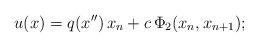
LaTeX: \begin{align*}u(x)=q(x'')\,x_n+c\,\Phi_2(x_n,x_{n+1});\end{align*}